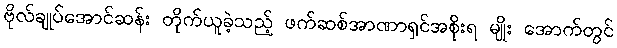
ဗိုလ်ချုပ်အောင်ဆန်း တိုက်ယူခဲ့သည့် ဖက်ဆစ်အာဏာရှင်အစိုးရ မျိုး အောက်တွင်